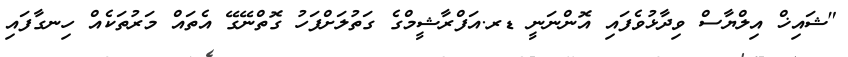
"ޝައިޚް އިލްޔާސް ވިދާޅުވެފައި އޮންނަނީ ޑރ.އަފްރާޝީމްގެ ގަތުލަށްފަހު ގޮތްނޭގޭ އެތައް މަރުތަކެއް ހިނގާފައި